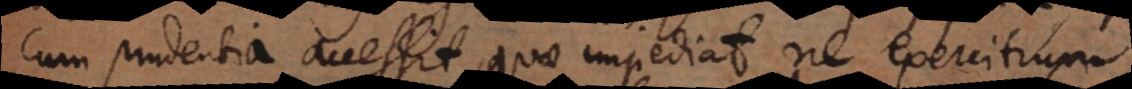
cum prudentia accessit, quae impediat ne exercitium